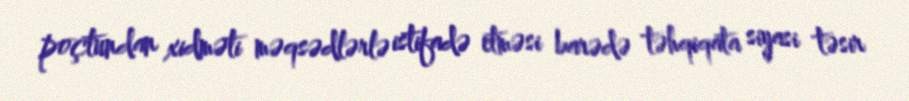
poçtundan xidməti məqsədlərlə istifadə etməsi barədə təhqiqata siyasi təsir